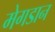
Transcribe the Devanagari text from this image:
मेगडान